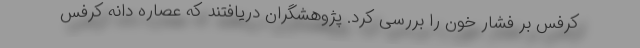
کرفس بر فشار خون را بررسی کرد. پژوهشگران دریافتند که عصاره دانه کرفس